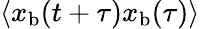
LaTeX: \langle x_{\mathrm{b}}(t+\tau)x_{\mathrm{b}}(\tau)\rangle